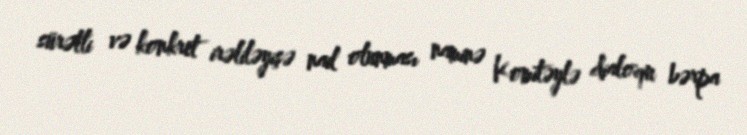
sürətli və konkret irəliləyişə nail olunması naminə Komitəylə dialoqu bərpa